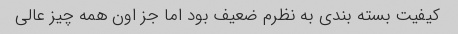
کیفیت بسته بندی به نظرم ضعیف بود اما جز اون همه چیز عالی